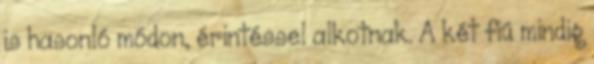
is hasonló módon, érintéssel alkotnak. A két fiú mindig